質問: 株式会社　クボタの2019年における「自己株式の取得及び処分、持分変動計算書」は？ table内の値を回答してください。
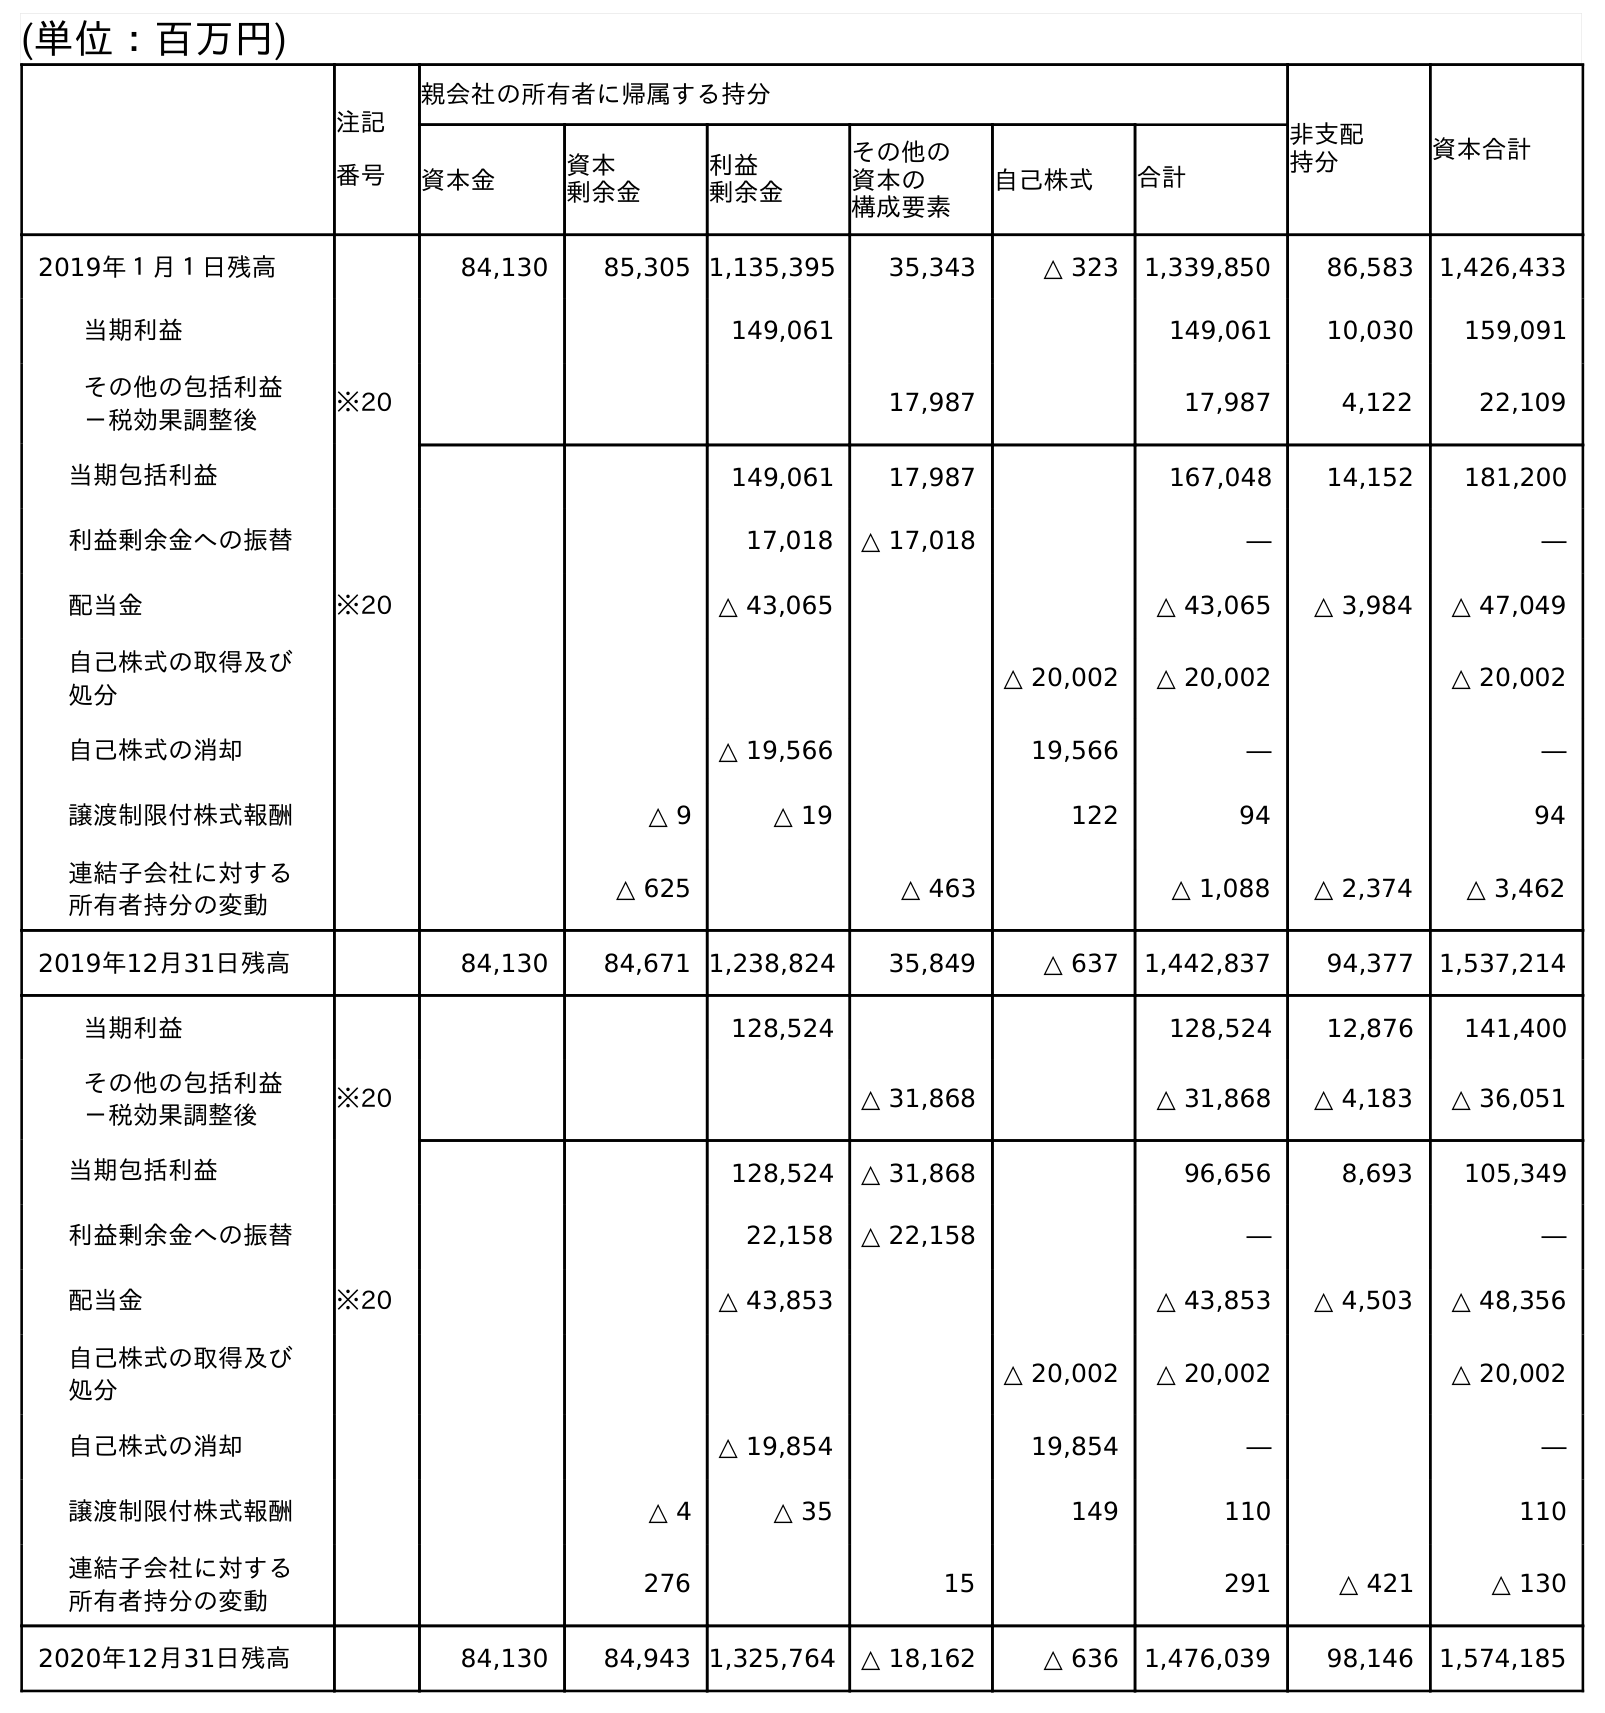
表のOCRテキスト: (単位：百万円) 注記 番号 親会社の所有者に帰属する持分 非支配 持分 資本合計 資本金 資本 剰余金 利益 剰余金 その他の 資本の 構成要素 自己株式 合計 2019年１月１日残高 84,130 85,305 1,135,395 35,343 △ 323 1,339,850 86,583 1,426,433 当期利益 149,061 149,061 10,030 159,091 その他の包括利益 －税効果調整後 ※20 17,987 17,987 4,122 22,109 当期包括利益 149,061 17,987 167,048 14,152 181,200 利益剰余金への振替 17,018 △ 17,018 ― ― 配当金 ※20 △ 43,065 △ 43,065 △ 3,984 △ 47,049 自己株式の取得及び 処分 △ 20,002 △ 20,002 △ 20,002 自己株式の消却 △ 19,566 19,566 ― ― 譲渡制限付株式報酬 △ 9 △ 19 122 94 94 連結子会社に対する 所有者持分の変動 △ 625 △ 463 △ 1,088 △ 2,374 △ 3,462 2019年12月31日残高 84,130 84,671 1,238,824 35,849 △ 637 1,442,837 94,377 1,537,214 当期利益 128,524 128,524 12,876 141,400 その他の包括利益 －税効果調整後 ※20 △ 31,868 △ 31,868 △ 4,183 △ 36,051 当期包括利益 128,524 △ 31,868 96,656 8,693 105,349 利益剰余金への振替 22,158 △ 22,158 ― ― 配当金 ※20 △ 43,853 △ 43,853 △ 4,503 △ 48,356 自己株式の取得及び 処分 △ 20,002 △ 20,002 △ 20,002 自己株式の消却 △ 19,854 19,854 ― ― 譲渡制限付株式報酬 △ 4 △ 35 149 110 110 連結子会社に対する 所有者持分の変動 276 15 291 △ 421 △ 130 2020年12月31日残高 84,130 84,943 1,325,764 △ 18,162 △ 636 1,476,039 98,146 1,574,185
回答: △20,002